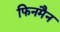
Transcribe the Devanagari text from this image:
फिनमैन